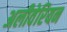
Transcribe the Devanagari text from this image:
अलीवेरियन